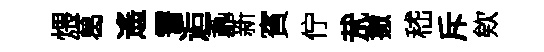
煨葛遙霅逅鼒新賓佇㢤撤嵇斥欸